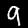
Digit: 9